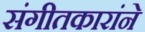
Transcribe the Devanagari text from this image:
संगीतकारांने